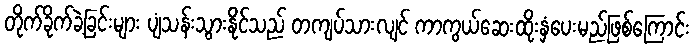
တိုက်ခိုက်ခဲ့ခြင်းများ ပျံသန်းသွားနိုင်သည် တကျပ်သားလျင် ကာကွယ်ဆေးထိုးနှံပေးမည်ဖြစ်ကြောင်း